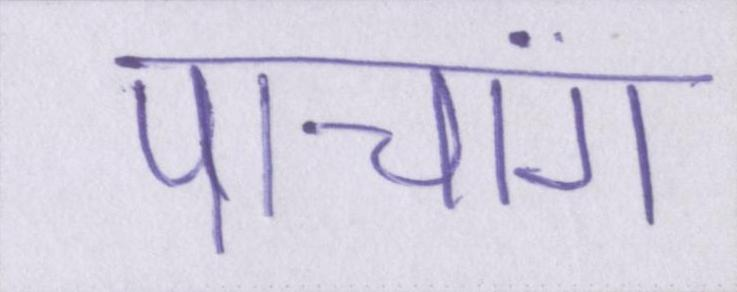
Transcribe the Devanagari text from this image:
पांचांग